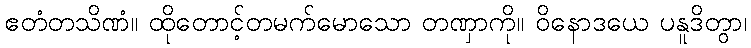
ဧတံတသိဏံ။ ထိုတောင့်တမက်မောသော တဏှာကို။ ဝိနောဒယေ ပနူဒိတွာ၊